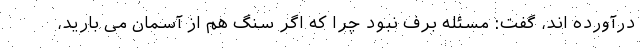
درآورده اند، گفت: مسئله برف نبود چرا که اگر سنگ هم از آسمان می بارید،